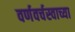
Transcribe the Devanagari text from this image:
वर्णवर्चस्वाच्या